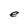
Character: e